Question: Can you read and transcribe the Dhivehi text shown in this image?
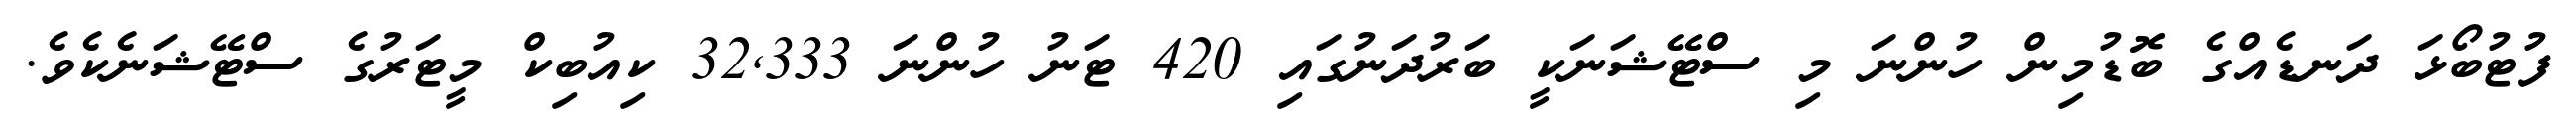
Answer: ފުޓުބޯޅަ ދަނޑެއްގެ ބޮޑުމިން ހުންނަ މި ސްޓޭޝަނަކީ ބަރުދަނުގައި 420 ޓަނު ހުންނަ 32,333 ކިއުބިކް މީޓަރުގެ ސްޓޭޝަނެކެވެ.